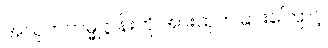
အသုဘကမ္မဋ္ဌာန်းကို အားထုတ်ခြင်းကြောင့်